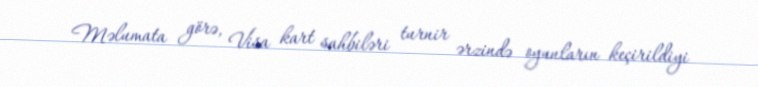
Məlumata görə, Visa kart sahbiləri turnir ərzində oyunların keçirildiyi